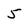
Character: 5